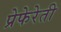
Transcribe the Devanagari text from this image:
प्रेफेरेती